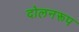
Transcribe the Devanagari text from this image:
दोलनरूप